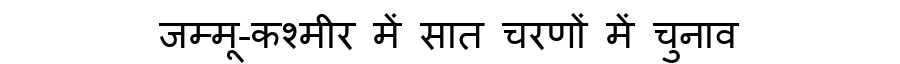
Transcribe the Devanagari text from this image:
जम्मू-कश्मीर में सात चरणों में चुनाव